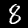
Digit: 8